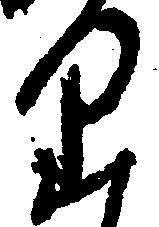
り